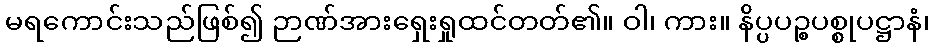
မရကောင်းသည်ဖြစ်၍ ဉာဏ်အားရှေးရှုထင်တတ်၏။ ဝါ၊ ကား။ နိပ္ပပဉ္စပစ္စုပဋ္ဌာနံ၊